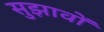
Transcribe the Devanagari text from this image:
सुझावोें